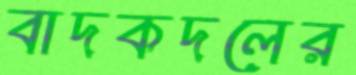
বাদকদলের